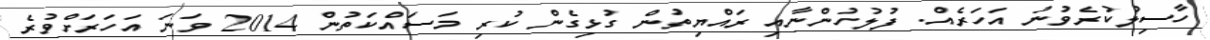
ހާސިލުކުރެވުނު އަހަރެއް. ފުލުހުންނާއި ރައްޔިތުން ގުޅިގެން ކުރި މަސައްކަތުން 2014 ވަނަ އަހަރަށްވުރެ